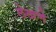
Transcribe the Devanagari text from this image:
लेखणे